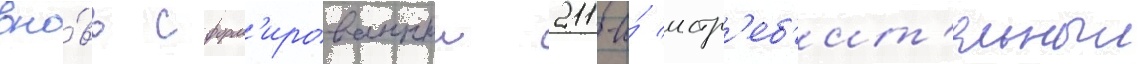
вно́вь сформ'ированныи 211-и́ истр'еб'ит'ельныи